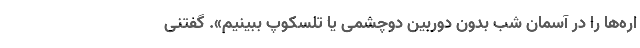
اره‌ها را در آسمان شب بدون دوربین دوچشمی یا تلسکوپ ببینیم». گفتنی